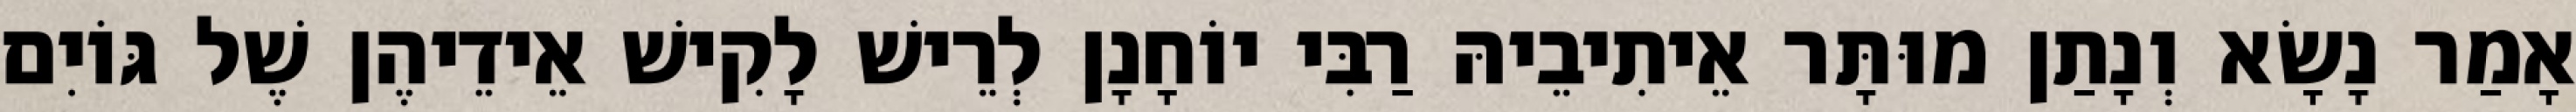
אָמַר נָשָׂא וְנָתַן מוּתָּר אֵיתִיבֵיהּ רַבִּי יוֹחָנָן לְרֵישׁ לָקִישׁ אֵידֵיהֶן שֶׁל גּוֹיִם